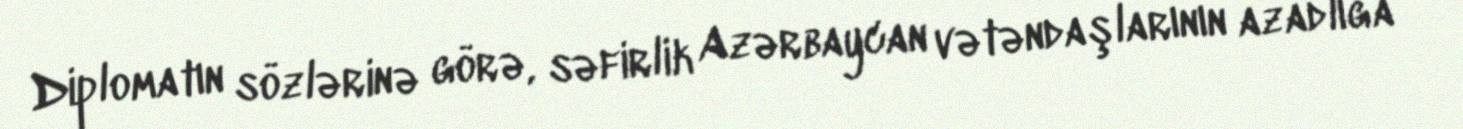
Diplomatın sözlərinə görə, səfirlik Azərbaycan vətəndaşlarının azadlığa